Lunatic asylums Madras 1877-1891 - 1877-1891
Year: 1877
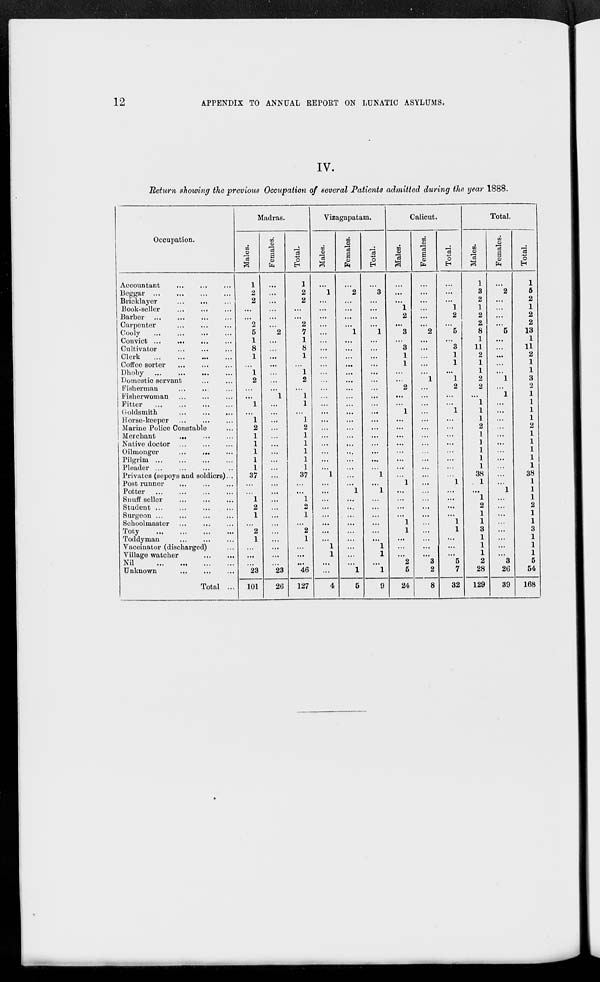
12
APPENDIX TO ANNUAL REPORT ON LUNATIC ASYLUMS.
IV.
Return showing the previous Occupation of several Patients admitted during the year 1888.
Occupation.
Accountant
...
...
...
Beggar
...
...
...
Bricklayer ... ... ...
Book-seller
...
...
...
Barber
...
...
...
...
Carpenter ... ... ... ...
Cooly
...
...
...
...
Convict ...
...
...
...
Cultivator
...
...
...
Clerk
...
...
...
...
Coffee sorter ... ... ... ...
Dhoby
...
...
...
...
Domestic servant
...
...
Fisherman ... ... ...
Fisherwoman
...
...
...
Fitter
...
...
...
...
Goldsmith
...
...
...
Horse-keeper
...
...
...
Marine Police Constable ...
Merchant
...
...
...
Native doctor ...
...
...
Oilmonger
...
...
...
Pilgrim
...
...
...
...
Pleader ... ... ... ...
Privates (sepoys and soldiers) ...
Post runner
...
...
...
Potter
...
...
...
...
Snuff seller
...
...
...
Student
...
...
...
...
Surgeon
...
...
...
...
Schoolmaster ...
...
...
Toty
...
...
...
...
Toddyman
...
...
...
Vaccinator (discharged) ...
Village watcher
...
...
Nil
...
...
...
...
Unknown
...
...
...
Total ...
Madras.
Males.
1
2
2
...
...
2
5
1
8
1
...
1
2
...
...
1
...
1
2
1
1
1
1
1
37
...
...
1
2
1
...
2
1
...
...
...
23
101
Females.
...
...
...
...
...
...
2
...
...
...
...
...
...
...
1
...
...
...
...
...
...
...
...
...
...
...
...
...
...
...
...
...
...
...
...
...
23
26
Total.
1
2
2
...
...
2
7
1
8
1
...
1
2
...
1
1
...
1
2
1
1
1
1
1
37
...
...
1
2
1
...
2
1
...
...
...
46
127
Vizagapatam.
Males.
...
1
...
...
...
...
...
...
...
...
...
...
...
...
...
...
...
...
...
...
...
...
...
...
1
...
...
...
...
...
...
...
...
1
1
...
...
4
Females.
...
2
...
...
...
...
1
...
...
...
...
...
...
...
...
...
...
...
...
...
...
...
...
...
...
...
1
...
...
...
...
...
...
...
...
...
1
5
Total.
...
3
...
...
...
...
1
...
...
...
...
...
...
...
...
...
...
...
...
...
...
...
...
...
1
...
1
...
...
...
...
...
...
1
1
...
1
9
Calicut.
Males.
...
...
...
1
2
...
3
...
3
1
1
...
...
2
...
...
1
...
...
...
...
...
...
...
...
1
...
...
...
...
1
1
...
...
...
2
6
24
Females.
...
...
...
...
...
...
2
...
...
...
...
...
1
...
...
...
...
...
...
...
...
...
...
...
...
...
...
...
...
...
...
...
...
...
...
3
2
8
Total.
...
...
...
1
2
...
5
...
3
1
1
...
1
2
...
...
1
...
...
...
...
...
...
...
...
1
...
...
...
...
1
1
...
...
...
6
7
32
Total.
Males.
1
3
2
1
2
2
8
1
11
2
1
1
2
2
...
1
1
1
2
1
1
1
1
1
38
1
...
1
2
1
1
3
1
1
1
2
28
129
Females.
...
2
...
...
...
...
5
...
...
...
...
...
1
...
1
...
...
...
...
...
...
...
...
...
...
...
1
...
...
...
...
...
...
...
...
3
26
39
Total.
1
5
2
1
2
2
13
1
11
2
1
1
3
2
1
1
1
1
2
1
1
1
1
1
38
1
1
1
2
1
1
3
1
1
1
6
54
168